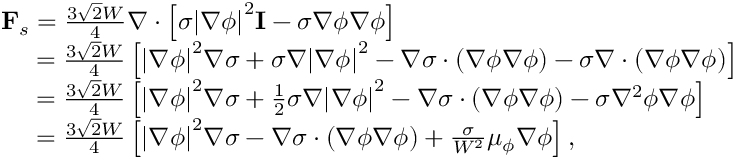
\begin{array} { l } { { { \bf { F } } _ { s } } = \frac { { 3 \sqrt 2 W } } { 4 } \nabla \cdot \left[ { \sigma { { \left| { \nabla \phi } \right| } ^ { 2 } } { \bf { I } } - \sigma \nabla \phi \nabla \phi } \right] } \\ { \; \; \; \; \; = \frac { { 3 \sqrt 2 W } } { 4 } \left[ { { { \left| { \nabla \phi } \right| } ^ { 2 } } \nabla \sigma + \sigma \nabla { { \left| { \nabla \phi } \right| } ^ { 2 } } - \nabla \sigma \cdot \left( { \nabla \phi \nabla \phi } \right) - \sigma \nabla \cdot \left( { \nabla \phi \nabla \phi } \right) } \right] } \\ { \; \; \; \; \; = \frac { { 3 \sqrt 2 W } } { 4 } \left[ { { { \left| { \nabla \phi } \right| } ^ { 2 } } \nabla \sigma + \frac { 1 } { 2 } \sigma \nabla { { \left| { \nabla \phi } \right| } ^ { 2 } } - \nabla \sigma \cdot \left( { \nabla \phi \nabla \phi } \right) - \sigma { \nabla ^ { 2 } } \phi \nabla \phi } \right] } \\ { \; \; \; \; \; = \frac { { 3 \sqrt 2 W } } { 4 } \left[ { { { \left| { \nabla \phi } \right| } ^ { 2 } } \nabla \sigma - \nabla \sigma \cdot \left( { \nabla \phi \nabla \phi } \right) + \frac { \sigma } { { { W ^ { 2 } } } } { \mu _ { \phi } } \nabla \phi } \right] , } \end{array}